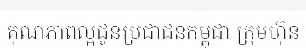
គុណភាពល្អជូនប្រជាជនកម្ពុជា ក្រុមហ៊ុន